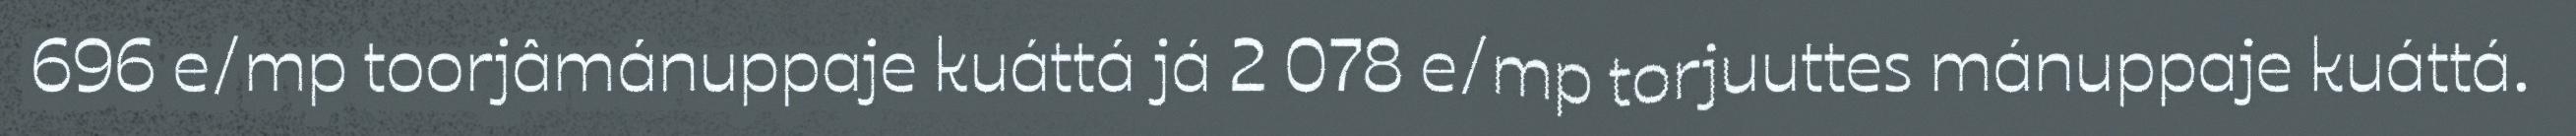
696 e/mp toorjâmánuppaje kuáttá já 2 078 e/mp torjuuttes mánuppaje kuáttá.